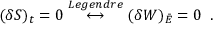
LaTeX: ( \delta S ) _ { t } = 0 \stackrel { L e g e n d r e } { \longleftrightarrow } ( \delta W ) _ { \bar { E } } = 0 \; \; .